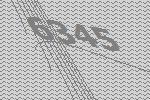
6345